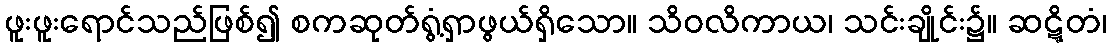
ဖူးဖူးရောင်သည်ဖြစ်၍ စကဆုတ်ရွံ့ရှာဖွယ်ရှိသော။ သိဝလိကာယ၊ သင်းချိုင်း၌။ ဆဋ္ဋိတံ၊